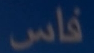
فاس